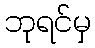
ဘုရင်မှ